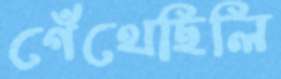
গেঁথেছিলি